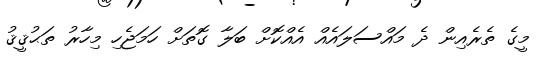
މީގެ ތެރެއިން ދެ މައްސަލައެއް އެއްކޮށް ބަލާ ގޮތަށް ހަމަޖެހި މިހާރު ތަޙުޤީޤު